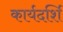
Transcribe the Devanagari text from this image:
कार्यदर्शि